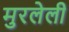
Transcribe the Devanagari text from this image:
मुरलेली